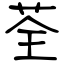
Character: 荃